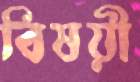
বিষয়ী